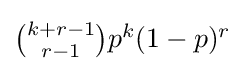
{\textstyle {\binom {k+r-1}{r-1}}p^{k}(1-p)^{r}}